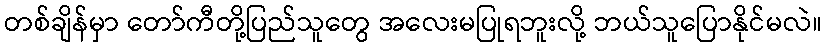
တစ်ချိန်မှာ တော်ကီတို့ပြည်သူတွေ အလေးမပြုရဘူးလို့ ဘယ်သူပြောနိုင်မလဲ။